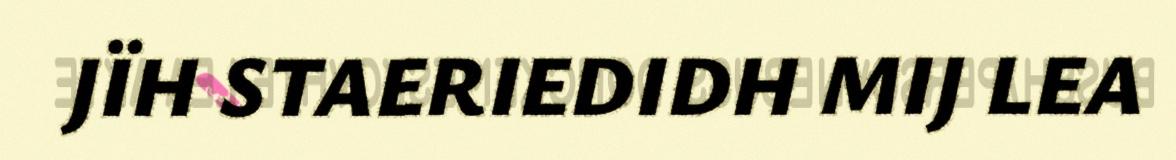
JÏH STAERIEDIDH MIJ LEA